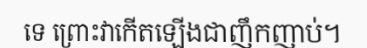
ទេ ព្រោះវាកើតឡើងជាញឹកញាប់។